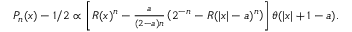
\begin{array} { r } { P _ { n } ( x ) - 1 / 2 \propto \left[ R ( x ) ^ { n } - \frac { a } { ( 2 - a ) n } \left( 2 ^ { - n } - R ( | x | - a ) ^ { n } \right) \right] \theta ( | x | + 1 - a ) . } \end{array}